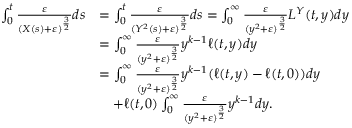
\begin{array} { r l } { \int _ { 0 } ^ { t } \frac { \varepsilon } { \left( X ( s ) + \varepsilon \right) ^ { \frac { 3 } { 2 } } } d s } & { = \int _ { 0 } ^ { t } \frac { \varepsilon } { ( Y ^ { 2 } ( s ) + \varepsilon ) ^ { \frac { 3 } { 2 } } } d s = \int _ { 0 } ^ { \infty } \frac { \varepsilon } { ( y ^ { 2 } + \varepsilon ) ^ { \frac { 3 } { 2 } } } L ^ { Y } ( t , y ) d y } \\ & { = \int _ { 0 } ^ { \infty } \frac { \varepsilon } { ( y ^ { 2 } + \varepsilon ) ^ { \frac { 3 } { 2 } } } y ^ { k - 1 } \ell ( t , y ) d y } \\ & { = \int _ { 0 } ^ { \infty } \frac { \varepsilon } { ( y ^ { 2 } + \varepsilon ) ^ { \frac { 3 } { 2 } } } y ^ { k - 1 } ( \ell ( t , y ) - \ell ( t , 0 ) ) d y } \\ & { \quad + \ell ( t , 0 ) \int _ { 0 } ^ { \infty } \frac { \varepsilon } { ( y ^ { 2 } + \varepsilon ) ^ { \frac { 3 } { 2 } } } y ^ { k - 1 } d y . } \end{array}